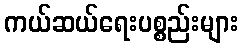
ကယ်ဆယ်ရေးပစ္စည်းများ